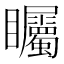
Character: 矚